Annual statistical returns and brief notes on vaccination in Bengal - 1909-1929
Year: 1909
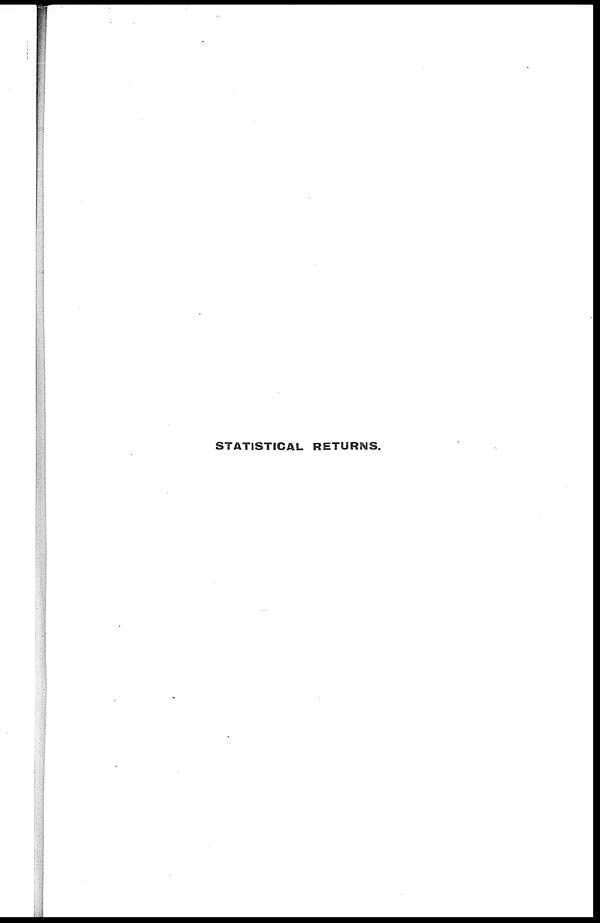
STATISTICAL RETURNS.